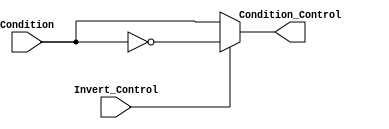
module Inverter (
				output reg Condition_Control, 
				input Condition, 
				input Invert_Control
				);
	
	always @*
		begin
		if (Invert_Control == 1)
			begin
			Condition_Control = ~Condition;
			end
		else
			begin
			Condition_Control = Condition;
			end
		end	
endmodule